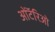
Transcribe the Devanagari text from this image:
ओंटॅरिओ